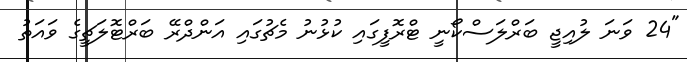
"24 ވަނަ ލުއިޖީ ބަރްލަސްކޯނީ ޓްރޮފީގައި ކުޅުނު މެޗުގައި އަންދްރޭ ބަރްޓޮލަޗީގެ ވައަތު